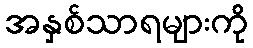
အနှစ်သာရများကို